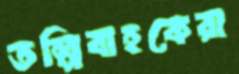
তল্পিবাহকেরা